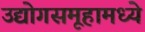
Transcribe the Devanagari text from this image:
उद्योगसमूहामध्ये